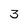
Character: 3